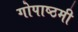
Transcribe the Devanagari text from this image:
गोपाष्ठमी